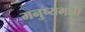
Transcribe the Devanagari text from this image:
मनुष्यभक्षी